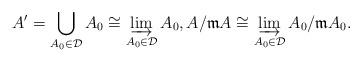
LaTeX: \begin{align*} A'=\bigcup_{A_0\in \mathcal{D}}A_0\cong \varinjlim_{A_0\in \mathcal{D}}A_0, A/\mathfrak{m}A\cong \varinjlim_{A_0\in \mathcal{D}}A_0/\mathfrak{m}A_0. \end{align*}